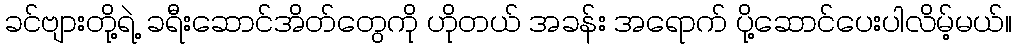
ခင်ဗျားတို့ရဲ့ ခရီးဆောင်အိတ်တွေကို ဟိုတယ် အခန်း အရောက် ပို့ဆောင်ပေးပါလိမ့်မယ်။